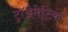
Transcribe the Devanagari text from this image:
ट्रॉञ्जेमेटिक